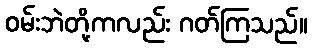
ဝမ်းဘဲတို့ကလည်း ဂတ်ကြသည်။